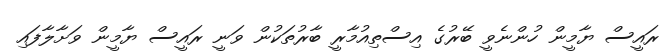
ރައީސް ޔާމީން ހުންނެވީ ބޭރުގެ އިސްތިއުމާރީ ބާރުތަކުން ވަނީ ރައީސް ޔާމީން ވަށާލާފައި